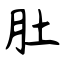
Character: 肚